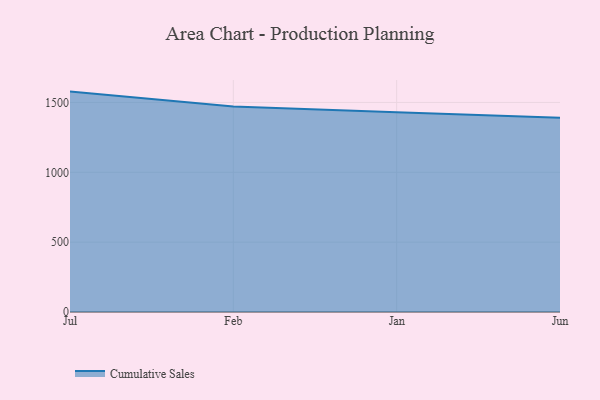
{"axis": {"x": "Month", "y": "Website Visitors"}, "legend": ["Cumulative Sales"], "data": [{"x": "Jul", "y": 1577.7, "type": "Cumulative Sales"}, {"x": "Feb", "y": 1471.1, "type": "Cumulative Sales"}, {"x": "Jan", "y": 1429.4, "type": "Cumulative Sales"}, {"x": "Jun", "y": 1391.0, "type": "Cumulative Sales"}]}